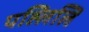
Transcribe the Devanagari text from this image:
पह्लिलि